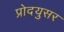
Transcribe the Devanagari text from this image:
प्रोदयुसर